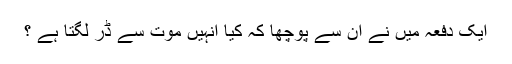
ایک دفعہ میں نے ان سے پوچھا کہ کیا انہیں موت سے ڈر لگتا ہے ؟